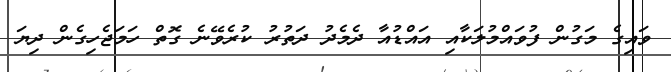
ވައިގެ މަގުން ފުވައްމުލަކާއި އައްޑުއާ ދެމެދު ދަތުރު ކުރެވޭނެ ގޮތް ހަމަޖެހިގެން ދިޔަ